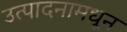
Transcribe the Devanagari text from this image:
उत्पादनामधून